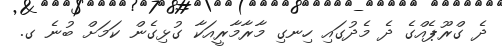
ދެ ގްރޫޕެއްގެ ދެ މެދުގައި ހިނގި މާރާމާރީއަކާ ގުޅިގެން ކަމަށް ބުނެ ގ.